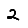
Digit: 2